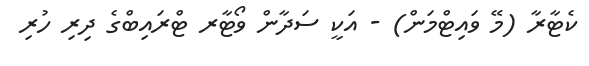
ކެޓާރާ (މޭ ވައިޓްމަން) - އަކީ ސަދާން ވޯޓާރ ޓްރައިބްގެ ދިރި ހުރި